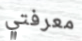
معرفتي